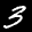
Label: 3